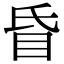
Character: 𥄇